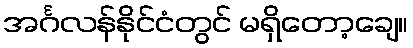
အင်္ဂလန်နိုင်ငံတွင် မရှိတော့ချေ။